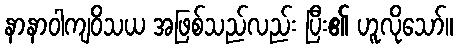
နာနာဝါကျဝိသယ အဖြစ်သည်လည်း ပြီး၏ ဟူလိုသော်။